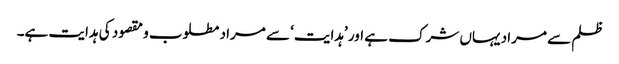
ظلم سے مراد یہاں شرک ہے اور ’ہدایت‘ سے مراد مطلوب و مقصود کی ہدایت ہے۔